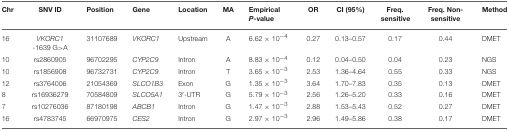
<table><thead><tr><td><b>Chr</b></td><td><b>SNV ID</b></td><td><b>Position</b></td><td><b>Gene</b></td><td><b>Location</b></td><td><b>MA</b></td><td><b>Empirical <i>P</i>-value</b></td><td><b>OR</b></td><td><b>CI (95%)</b></td><td><b>Freq. sensitive</b></td><td><b>Freq. Non-sensitive</b></td><td><b>Method</b></td></tr></thead><tbody><tr><td>16</td><td><i>VKORC1</i>-1639 G&gt;A</td><td>31107689</td><td><i>VKORC1</i></td><td>Upstream</td><td>A</td><td>6.62 × 10<sup>−4</sup></td><td>0.27</td><td>0.13–0.57</td><td>0.17</td><td>0.44</td><td>DMET</td></tr><tr><td>10</td><td>rs2860905</td><td>96702295</td><td><i>CYP2C9</i></td><td>Intron</td><td>A</td><td>8.83 × 10<sup>−4</sup></td><td>0.12</td><td>0.04–0.50</td><td>0.04</td><td>0.23</td><td>NGS</td></tr><tr><td>10</td><td>rs1856908</td><td>96732731</td><td><i>CYP2C9</i></td><td>Intron</td><td>T</td><td>3.65 × 10<sup>−3</sup></td><td>2.53</td><td>1.36–4.64</td><td>0.55</td><td>0.33</td><td>NGS</td></tr><tr><td>12</td><td>rs3764006</td><td>21054369</td><td><i>SLCO1B3</i></td><td>Exon</td><td>G</td><td>1.35 × 10<sup>−3</sup></td><td>3.64</td><td>1.70–7.83</td><td>0.35</td><td>0.13</td><td>DMET</td></tr><tr><td>8</td><td>rs16936279</td><td>70584809</td><td><i>SLCO5A1</i></td><td>3′-UTR</td><td>G</td><td>5.79 × 10<sup>−3</sup></td><td>2.56</td><td>1.26–5.20</td><td>0.33</td><td>0.16</td><td>DMET</td></tr><tr><td>7</td><td>rs10276036</td><td>87180198</td><td><i>ABCB1</i></td><td>Intron</td><td>G</td><td>1.47 × 10<sup>−3</sup></td><td>2.88</td><td>1.53–5.43</td><td>0.52</td><td>0.27</td><td>DMET</td></tr><tr><td>16</td><td>rs4783745</td><td>66970975</td><td><i>CES2</i></td><td>Intron</td><td>G</td><td>2.97 × 10<sup>−3</sup></td><td>2.96</td><td>1.49–5.86</td><td>0.38</td><td>0.17</td><td>DMET</td></tr></tbody></table>